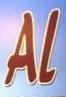
al